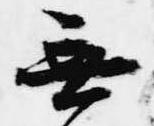
無